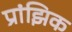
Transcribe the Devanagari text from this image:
प्रांझिक